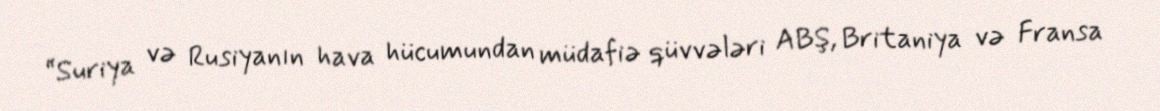
“Suriya və Rusiyanın hava hücumundan müdafiə qüvvələri ABŞ, Britaniya və Fransa